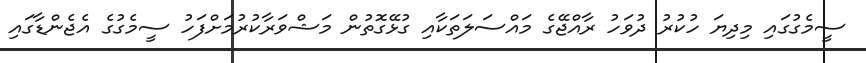
ސީމެގުގައި މިދިޔަ ހުކުރު ދުވަހު ރާއްޖޭގެ މައްސަލަތަކާއި ގުޅޭގޮތުން މަޝްވަރާކުރުމަށްފަހު ސީމެގުގެ އެޖެންޑާގައި